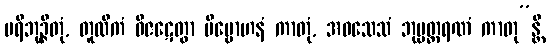
ပရိဘုဉ္ဇိတုံ, တူလိကံ ဝိဇဋေတွာ ဗိမ္ဗောဟနံ ကာတုံ, အဝသေသံ ဘုမ္မတ္ထရဏံ ကာတု”န္တိ